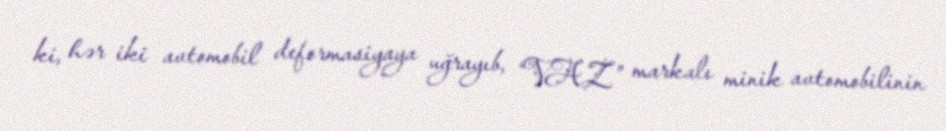
ki, hər iki avtomobil deformasiyaya uğrayıb, “VAZ” markalı minik avtomobilinin